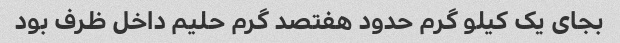
بجای یک کیلو گرم حدود هفتصد گرم حلیم داخل ظرف بود